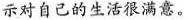
示对自己的生活很满意。